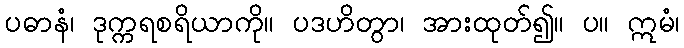
ပဓာနံ၊ ဒုက္ကရစရိယာကို။ ပဒဟိတွာ၊ အားထုတ်၍။ ပ။ ဣမံ၊